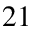
_ { 2 1 }